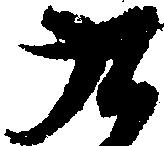
九